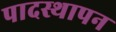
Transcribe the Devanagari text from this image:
पादस्थापन